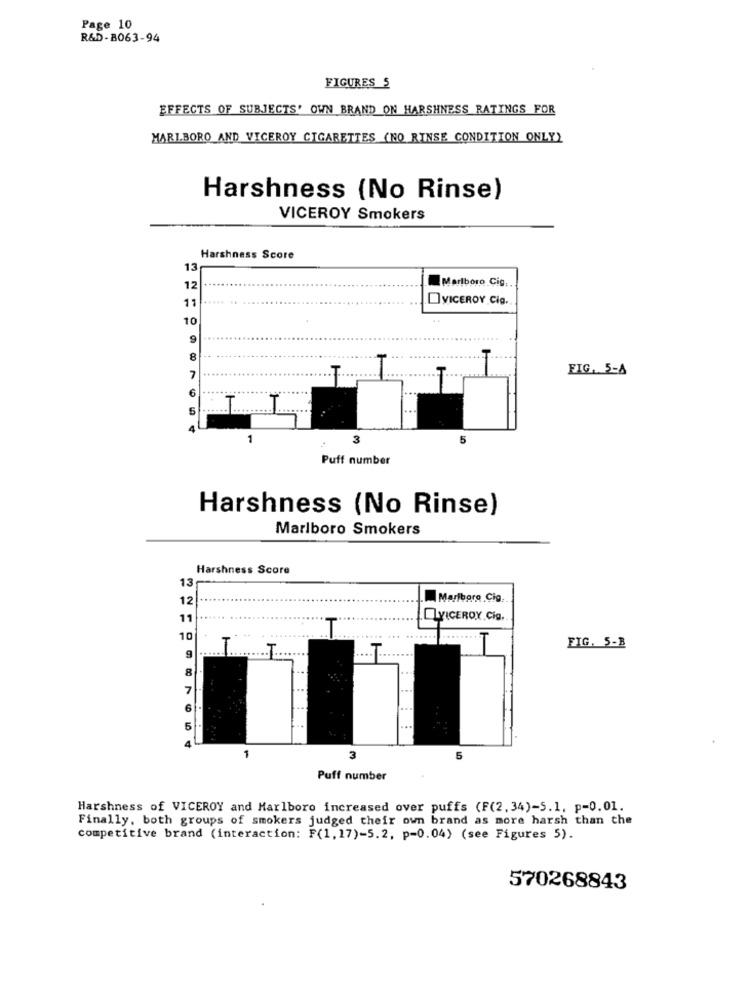
Page 10
R&D-8063-94
FIGURES 5
EFFECTS OF SUBJECTS' OWN BRAND ON HARSHNESS RATINGS FOR
MARLBORO AND VICEROY CIGARETTES (NO RINSE CONDITION ONLY)
Harshness (No Rinse)
VICEROY Smokers
Harshness Score
13
Marlboro Cig
12
11
VICEROY Cig.
10
9
8
FIG. 5-A
7
6
...
...
5
Puff number
Harshness (No Rinse)
Marlboro Smokers
Harshness Score
13
12
....
Marlboro Cig
11
VICEROY Cig,
10
........
FIG. 5-B
8
7
6
5
1
3
5
Puff number
Harshness of VICEROY and Marlboro increased over puffs (F(2.34)-5.1. p=0.01.
Finally, both groups of smokers judged their own brand as more harsh than the
competitive brand (interaction: F(1, 17)-5.2, p=0.04) (see Figures 5).
570268843